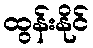
ထွန်းနိုင်